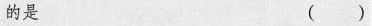
的是 ()